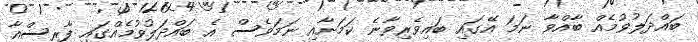
ބައްދަލުވުމެއް ބާއްވާ ނަމަ އޭގައި ބައިވެރިވާނެ ކަމަށާއި ނަމަވެސް އެ ބައްދަލުވުމެއްގައި ފާރިސްއާ